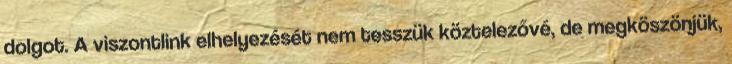
dolgot. A viszontlink elhelyezését nem tesszük köztelezővé, de megköszönjük,